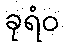
ခုရံဝ